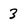
Character: 3